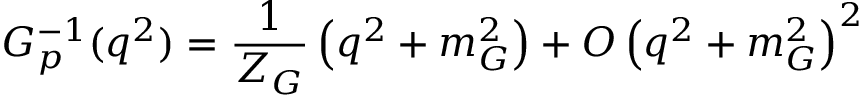
G _ { p } ^ { - 1 } ( q ^ { 2 } ) = \frac { 1 } { Z _ { G } } \left( q ^ { 2 } + m _ { G } ^ { 2 } \right) + { \cal O } \left( q ^ { 2 } + m _ { G } ^ { 2 } \right) ^ { 2 }